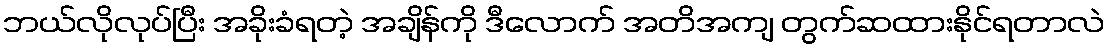
ဘယ်လိုလုပ်ပြီး အခိုးခံရတဲ့ အချိန်ကို ဒီလောက် အတိအကျ တွက်ဆထားနိုင်ရတာလဲ